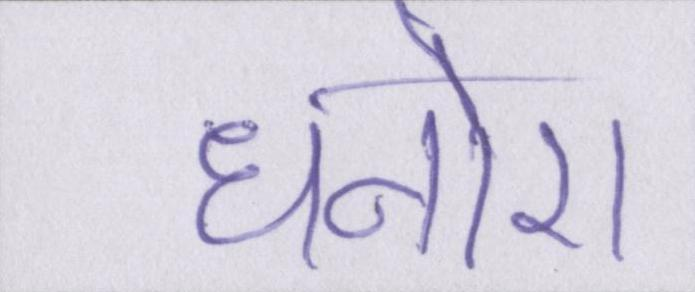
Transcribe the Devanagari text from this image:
धनोरा